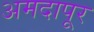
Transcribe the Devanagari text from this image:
अमदापूर